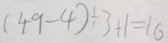
( 4 9 - 4 ) \div 3 + 1 = 1 6